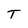
Character: T